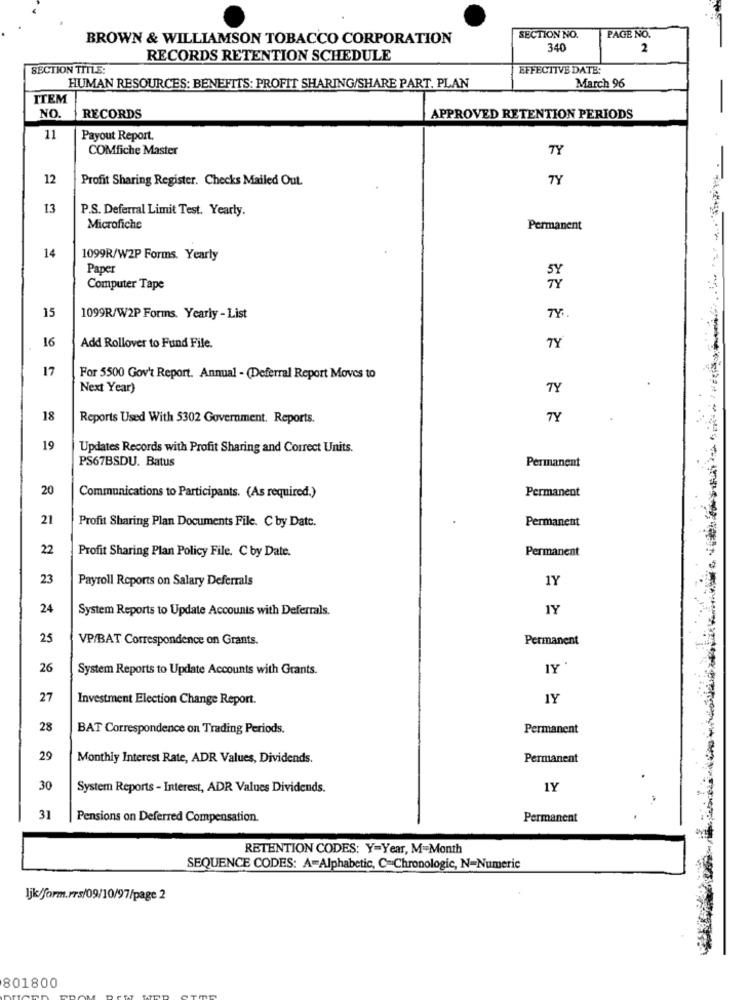
BROWN & WILLIAMSON TOBACCO CORPORATION
SECTION NO.
PAGE NO.
340
2
RECORDS RETENTION SCHEDULE
SECTION TITLE:
EFFECTIVE DATE:
March 96
HUMAN RESOURCES: BENEFITS: PROFIT SHARING/SHARE PART. PLAN
ITEM
NO
RECORDS
APPROVED RETENTION PERIODS
11
Payout Report.
COMfiche Master
TY
12
Profit Sharing Register. Checks Mailed Out.
TY
13
P.S. Deferral Limit Test. Yearly.
Microfiche
Permanent
14
1099R/W2P Forms. Yearly
Paper
Computer Tape
15
1099R/W2P Forms. Yearly - List
16
Add Rollover to Fund File.
TY
17
For 5500 Gov't Report. Annual - (Deferral Report Moves to
Next Year)
TY
18
Reports Used With 5302 Government. Reports.
TY
19
Updates Records with Profit Sharing and Correct Units.
PS67BSDU. Batus
Permanent
20
Permanent
Communications to Participants. (As required.)
21
Profit Sharing Plan Documents File. C by Date.
Permanent
22
Profit Sharing Plan Policy File. C by Date.
Permanent
23
Payroll Reports on Salary Deferrals
1Y
24
System Reports to Update Accounts with Deferrals.
1Y
25
VP/BAT Correspondence on Grants.
Permanent
26
System Reports to Update Accounts with Grants.
IY
27
Investment Election Change Report.
1Y
28
BAT Correspondence on Trading Periods.
Permanent
29
Monthly Interest Rate, ADR Values, Dividends.
Permanent
30
System Reports - Interest, ADR Values Dividends.
1Y
31
Pensions on Deferred Compensation.
Permanent
RETENTION CODES: Y=Year, M=Month
SEQUENCE CODES: A=Alphabetic, C=Chronologic, N=Numeric
Ijk/form.rrs/09/10/97/page 2
801800